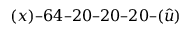
( x ) – 6 4 – 2 0 – 2 0 – 2 0 – ( \hat { u } )